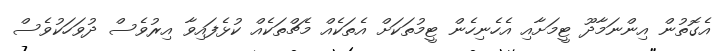
އެގޮތުން އިންނަމާދޫ ޓީމަށާއި އެހެނިހެން ޓީމުތަކަށް އެތަކެއް މެޗްތަކެއް ކުޅެފައިވާ އިރުވެސް ދުވަހަކުވެސް